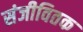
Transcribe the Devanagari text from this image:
संजीवितक